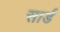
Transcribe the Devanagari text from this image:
सार्ड